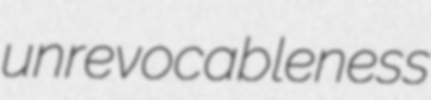
unrevocableness